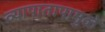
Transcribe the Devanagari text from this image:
व्यापातापामुळे